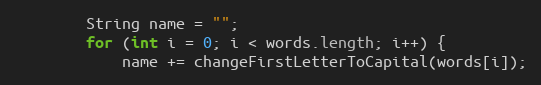
Language: Java
        String name = "";
        for (int i = 0; i < words.length; i++) {
            name += changeFirstLetterToCapital(words[i]);